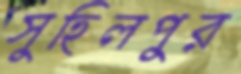
সুহিলপুর